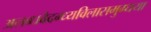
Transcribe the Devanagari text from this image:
अलब्धवैदग्ध्यविलासमुग्धया